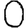
Digit: 0